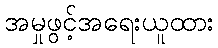
အမှုဖွင့်အရေးယူထား